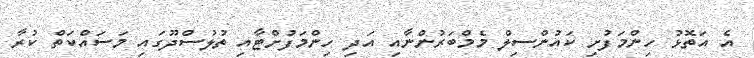
އެ އަތޮޅު ހިންމަފުށި ކައުންސިލް މެމްބަރުންނާއި އަދި ހިންމަފުށްޓާއި ތުލުސްދޫގައި މަސައްކަތް ކުރާ